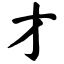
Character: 才